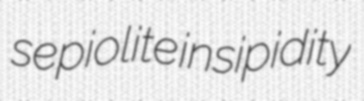
sepiolite insipidity